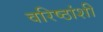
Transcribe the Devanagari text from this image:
वरिष्ठांशी